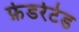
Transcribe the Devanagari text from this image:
फ़ेडरेटेड